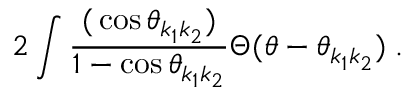
2 \int \frac { \d ( \cos \theta _ { k _ { 1 } k _ { 2 } } ) } { 1 - \cos \theta _ { k _ { 1 } k _ { 2 } } } \Theta ( \theta - \theta _ { k _ { 1 } k _ { 2 } } ) \; .